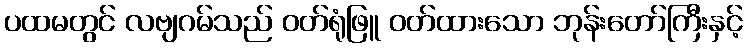
ပထမတွင် လဗျဂမ်သည် ဝတ်ရုံဖြူ ဝတ်ထားသော ဘုန်းတော်ကြီးနှင့်